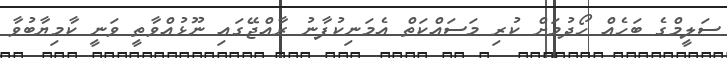
ސަލީމްގެ ބަހެއް ހޯދުމަށް ކުރި މަސައްކަތް އެމަނިކުފާނު ރާއްޖޭގައި ނޫޅުއްވާތީ ވަނީ ކާމިޔާބުވާ